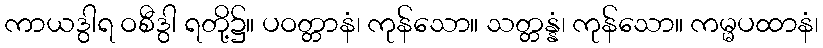
ကာယဒွါရ ဝစီဒွါ ရတို့၌။ ပဝတ္တာနံ၊ ကုန်သော။ သတ္တန္နံ၊ ကုန်သော။ ကမ္မပထာနံ၊